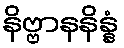
နိဗ္ဗာနနိန္နံ